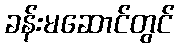
ခန်းမဆောင်တွင်